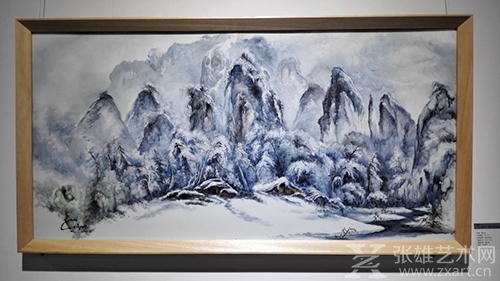
残雪庭阴，轻寒帘影，霏霏玉管春葭。